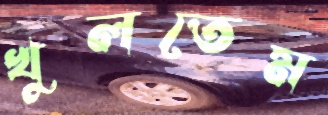
খুলতেম